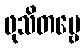
ဖုသိတဗ္ဗေ